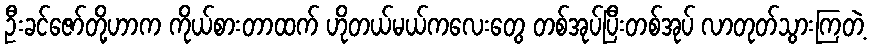
ဦးခင်ဇော်တို့ဟာက ကိုယ်စားတာထက် ဟိုတယ်မယ်ကလေးတွေ တစ်အုပ်ပြီးတစ်အုပ် လာတုတ်သွားကြတဲ့